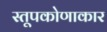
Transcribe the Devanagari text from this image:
स्तूपकोणाकार